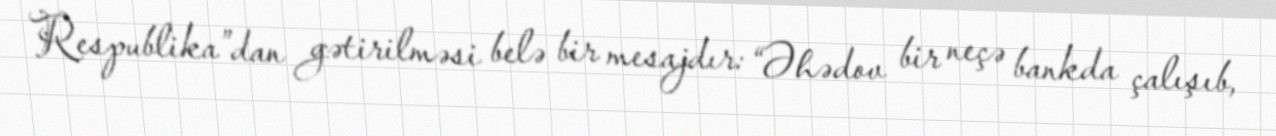
Respublika”dan gətirilməsi belə bir mesajdır: “Əhədov bir neçə bankda çalışıb,